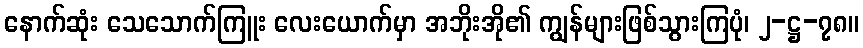
နောက်ဆုံး သေသောက်ကြူး လေးယောက်မှာ အဘိုးအို၏ ကျွန်များဖြစ်သွားကြပုံ၊ ၂-ဋ္ဌ-၇၈။